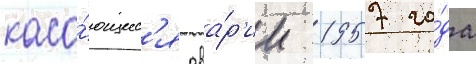
каса́ющиес'я ава́р'ии 1957 го́да